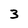
Character: 3